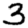
Digit: 3